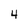
Character: 4